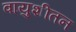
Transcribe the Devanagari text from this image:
वायुशीतन